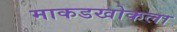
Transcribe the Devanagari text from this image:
माकडखोकला